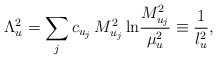
\begin{align*}\Lambda_u^2=\sum_jc_{u_j}\, M_{u_j}^2\,{\rm ln} {M_{u_j}^2\over\mu_u^2}\equiv {1\over l_u^2},\end{align*}